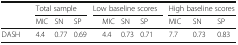
<table><thead><tr><td></td><td></td><td colspan="3"><b>Total sample</b></td><td colspan="5"><b>Low baseline scores</b></td><td colspan="3"><b>High baseline scores</b></td></tr><tr><td></td><td></td><td><b>MIC</b></td><td><b>SN</b></td><td><b>SP</b></td><td></td><td><b>MIC</b></td><td><b>SN</b></td><td><b>SP</b></td><td></td><td><b>MIC</b></td><td><b>SN</b></td><td><b>SP</b></td></tr></thead><tbody><tr><td>DASH</td><td></td><td>4.4</td><td>0.77</td><td>0.69</td><td></td><td>4.4</td><td>0.73</td><td>0.71</td><td></td><td>7.7</td><td>0.73</td><td>0.83</td></tr></tbody></table>